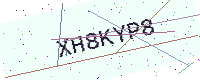
Text: XH8KYP8